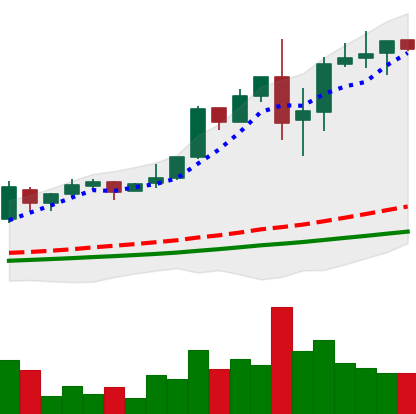
Ticker: LTC-USD
Chart end date: 2017-12-05
Forward return: 45.18%
Label: up_7plus